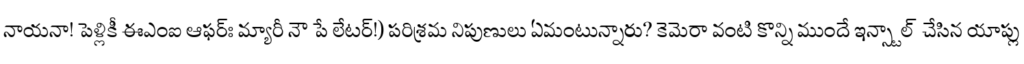
నాయనా! పెళ్లికీ ఈఎంఐ ఆఫర్ః మ్యారీ నౌ పే లేటర్!) పరిశ్రమ నిపుణులు ఏమంటున్నారు? కెమెరా వంటి కొన్ని ముందే ఇన్స్టాల్ చేసిన యాప్లు